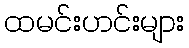
ထမင်းဟင်းများ